Children and Young Persons (Scotland) Act, 1932. Employment of children, 1932
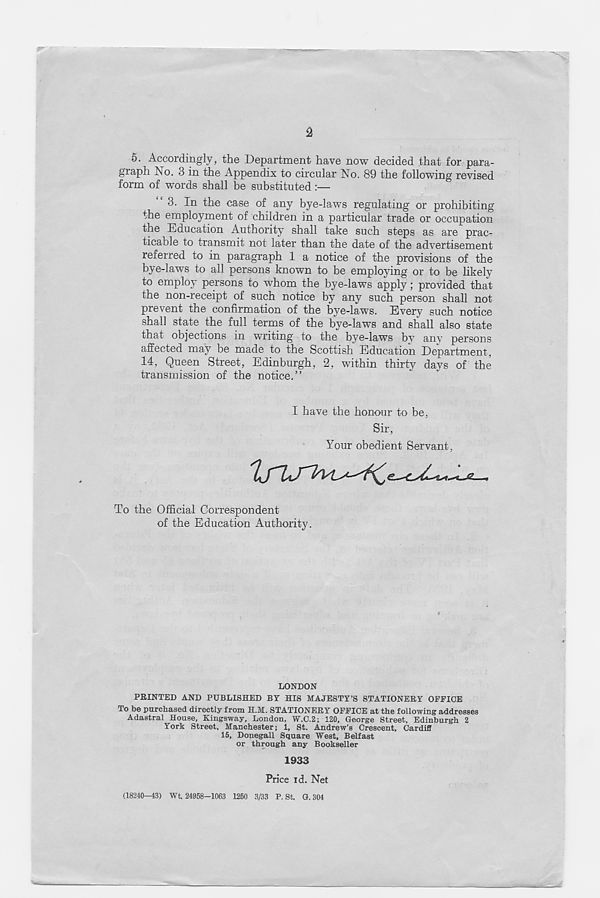
5. Accordingly, the Department have now decided that for para-
graph No. 3 in the Appendix to circular No. 89 the following revised
form of words shall be substituted:—
3. In the case of any bye-laws regulating or prohibiting
the employment of children in a particular trade or occupation
the Education Authority shall take such steps as are prac-
ticable to transmit not later than the date of the advertisement
referred to in paragraph 1 a notice of the provisions of the
bye-laws to all persons known to be employing or to be likely
to employ persons to whom the bye-laws apply; provided that
the non-receipt of such notice by any such person shall not
prevent the confirmation of the bye-laws. Every such notice
shall state the full terms of the bye-laws and shall also state
that objections in writing to the bye-laws by any persons
affected may be made to the Scottish Education Department,
14, Queen Street, Edinburgh, 2, within thirty days of the
transmission of the notice.”
I have the honour to be,
Sir,
Your obedient Servant,
To the Official Correspondent
of the Education Authority.
LONDON
PRINTED AND PUBLISHED BY HIS MAJESTY’S STATIONERY OFFICE
To be purchased directly from H.M. STATIONERY OFFICE at the following addresses
Adastral House, Kingsway, London, W.C.2; 120, George Street, Edinburgh 2
York Street, Manchester; 1, St. Andrew’s Crescent, Cardifl
15, Donegall Square West, Belfast
or through any Bookseller
1933
Price id. Net
(18240-43) Wt 24958-1063 1250 3/33 P. St. G. 304